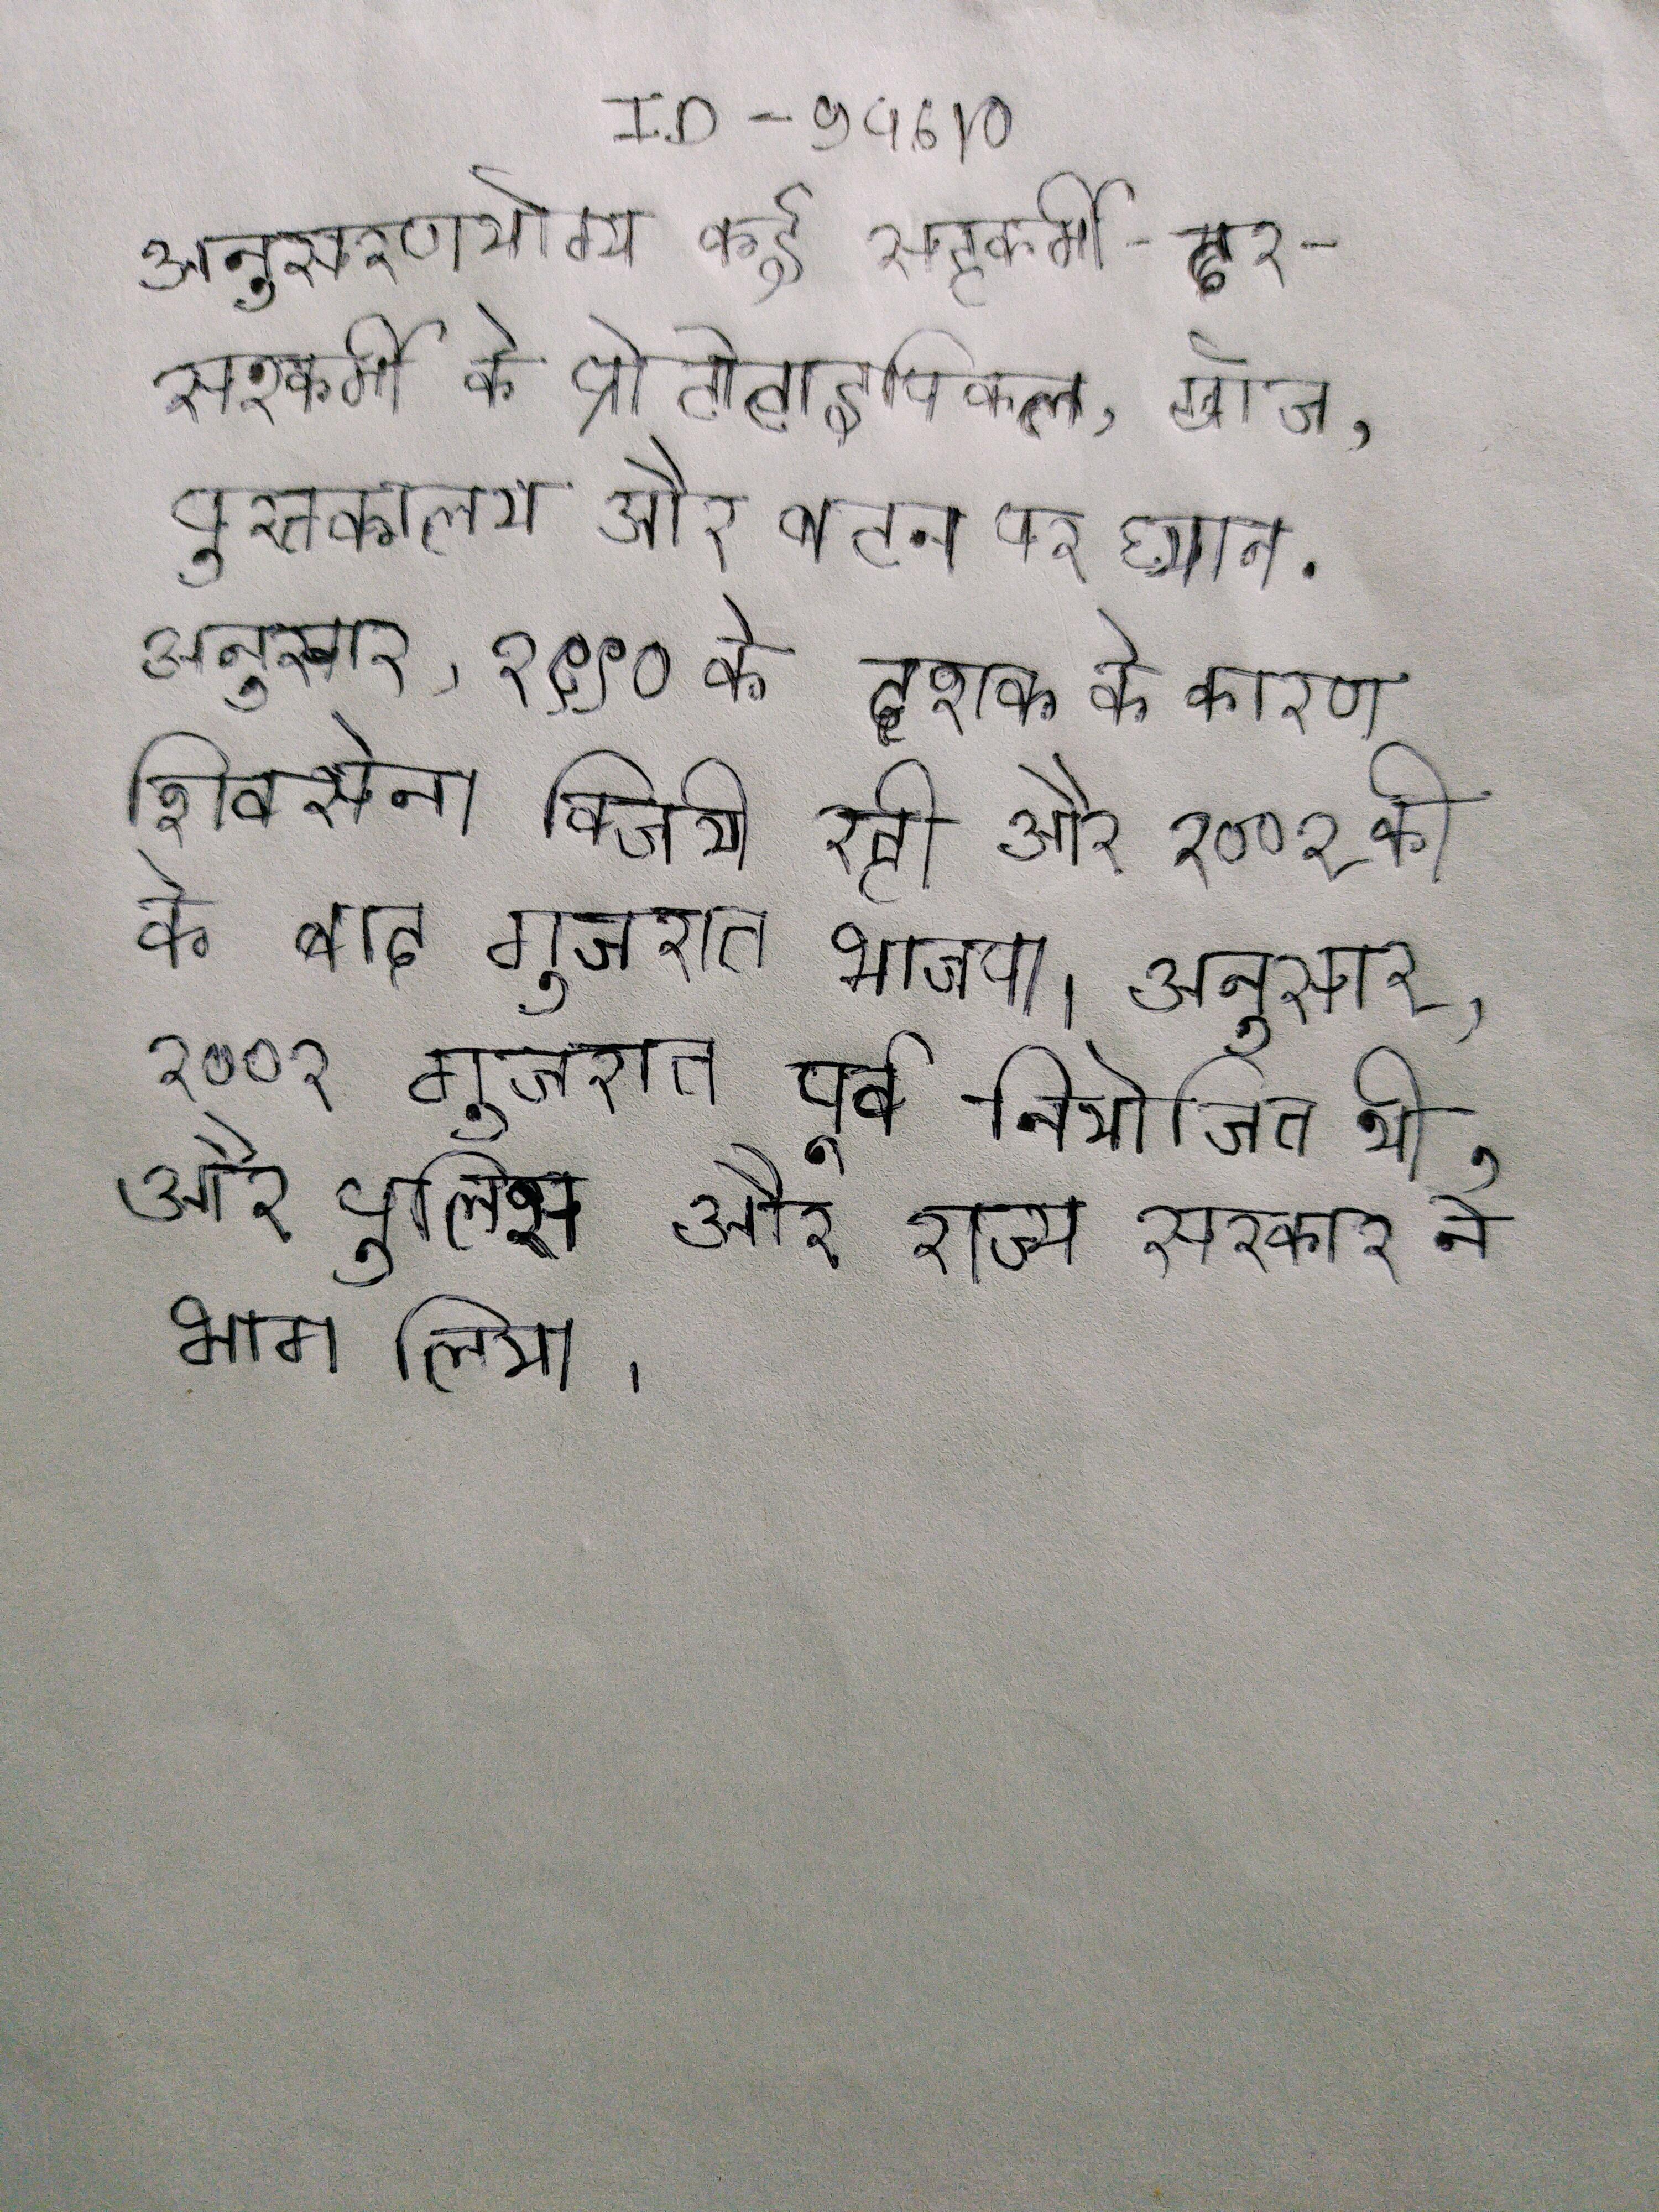
अनुसरणयोग्य कई सहकर्मी-दर-सहकर्मी के प्रोटोटाइपिकल, खोज, पुस्तकालय और बटन पर ध्यान . अनुसार, १९९० के दशक के कारण शिवसेना विजयी रही और २००२ की के बाद गुजरात भाजपा । अनुसार, २००२ गुजरात पूर्व नियोजित थी, और पुलिस और राज्य सरकार ने भाग लिया ।